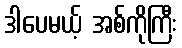
ဒါပေမယ့် အစ်ကိုကြီး